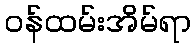
ဝန်ထမ်းအိမ်ရာ